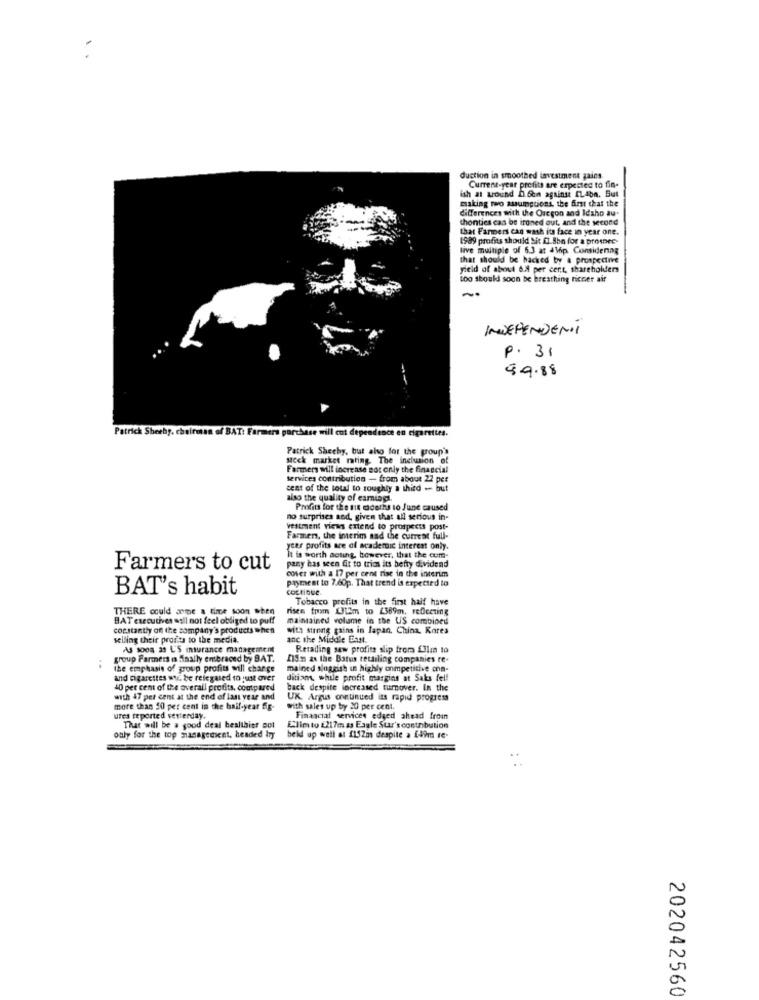
duction in smoothed investment gains.
Current-year profits are expected to fin-
ish at around i fen against ILabn. But
making two assumptions, the first that the
differences with the Oregon and Idaho au.
thonties cas be ironed out, and the second
that Farmers can wash its face in year one.
1989 profits should Sit [ Sbn for a prospec-
live multiple of 6.3 at alhp Considenng
that should be backed by a prospective
yield of about 6.4 per cert, shareholders
too should soon be breathing riccer air
INDEPENDENT
P.31
$9.88
Patrick Sherby. cheiro
AT: Farm
Patrick Shechy, but also for the group's
Meck market rating. The inclusion of
Farmers will increase not only the financial
services contribution - from about 22 pct
cent of the total to roughly a third -- but
also the quality of earningi.
Profits for the sit cidaths to June caused
no surprises aod, given that all serious in-
vestment views extend to prospects post-
Farmer, the interim and the current full-
year profits are of academic interest only.
It is worth acting, however, that the cum-
pany has seen fit to trics its hefty dividend
Farmers to cut
cover with a 17 per cent rise in the interim
payment to 7.60p. That trend is expected to
BAT's habit
coctique
Tobacco profits in the first half have
THERE could arme a time soon when
risen from 312m to 4369m, reflecting
BAT executives asil not feel obliged to puff
maintained volume in the US combined
constantly on the company's products when
with strong gains in Japan. China. Kares
selling their profits to the media.
anc the Middle East.
As soon as L'S insurance management
Retailing saw profits slip from £3lm to
group Farmers is finally embraced by BAT.
219n zx the Batus retailing companies re-
..
the emphasis of group profits will change
mained singgish in highly competitive ona-
and cigarettes wic be relegated to just over
dition, while profit margins at Saks fel!
40 per cent of the overall profits, compared
back despite increased turnover. In the
with 47 per cent at the end of last year and
UK. Argus continued its rapid progress
more than 50 per cent in the half-year fig-
with sales up by 20 per cent.
ures reported vesterday.
That will be a good deal healthier sol
only for the top mianagedient, headed try
beldd up wall at 1152m despite a [49m rc.
202042560